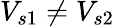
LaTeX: V_{s1}\neq V_{s2}